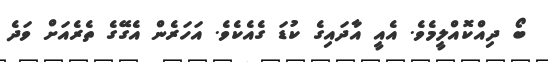
ބޯ ދިއްކޮއްލީމެވެ. އެއީ އާދައިގެ ކުޑަ ގެއެކެވެ. އަަހަރެން އެގޭގެ ތެރެއަށް ވަދެ